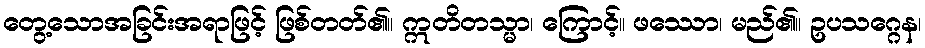
တွေ့သောအခြင်းအရာဖြင့် ဖြစ်တတ်၏။ ဣတိတသ္မာ၊ ကြောင့်။ ဖဿော၊ မည်၏။ ဥပသဂ္ဂေန၊